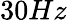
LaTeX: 30Hz